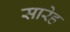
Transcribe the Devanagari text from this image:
सारेह